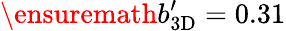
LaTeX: \ensuremath{b_{\mathrm{3D}}^{\prime}}=0.31